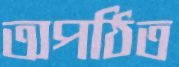
অপঠিত